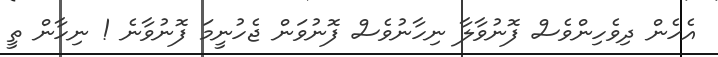
އެހެން ދިވެހިންވެސް ފޮނުވާލާ ނިހާނުވެސް ފޮނުވަން ޖެހުނީމަ ފޮނުވާނެ ! ނިހާން ތީ